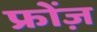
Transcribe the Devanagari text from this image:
फ्रोंज़